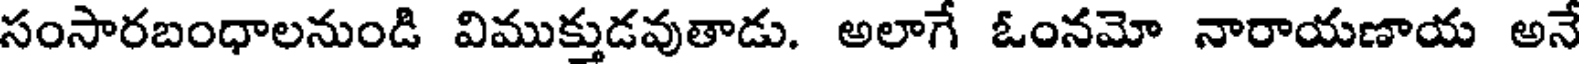
సంసారబంధాలనుండి విముక్తుడవుతాడు. అలాగే ఓంనమో నారాయణాయ అనే